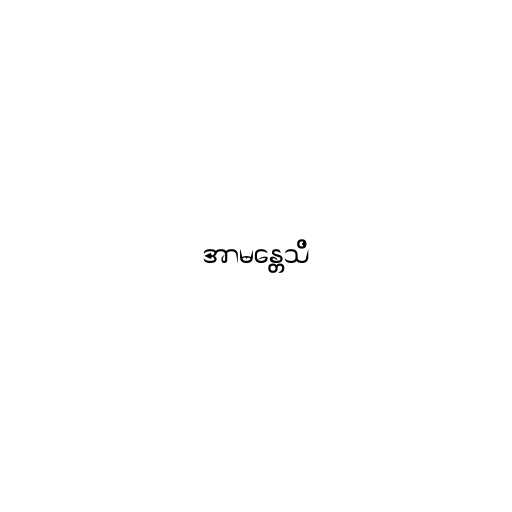
အာမန္တေသိ